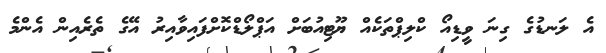
އެ ލަނޑުގެ ގިނަ ވީޑިއޯ ކްލިޕްތަކެއް ޔޫޓިއުބަށް އަޕްލޯޑްކޮށްފައިވާއިރު އޭގެ ތެރެއިން އެންމެ